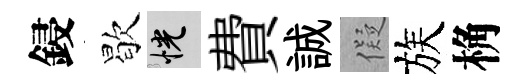
鋟歇恍費誠儗族桷